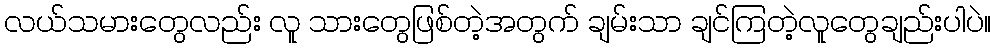
လယ်သမားတွေလည်း လူ သားတွေဖြစ်တဲ့အတွက် ချမ်းသာ ချင်ကြတဲ့လူတွေချည်းပါပဲ။